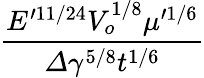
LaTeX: \frac{E^{\prime 11/24}V_{o}^{1/8}\mu^{\prime 1/6}}{\varDelta\gamma^{5/8}t^{1/6}}